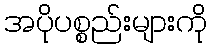
အပိုပစ္စည်းများကို